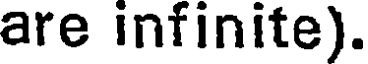
are infinite).